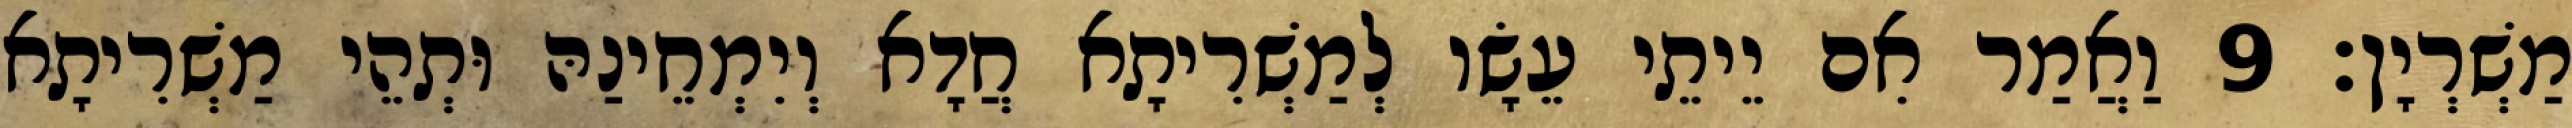
מַשְׁרְיָן׃ 9 וַאֲמַר אִם יֵיתֵי עֵשָׂו לְמַשְׁרִיתָא חֲדָא וְיִמְחֵינַהּ וּתְהֵי מַשְׁרִיתָא